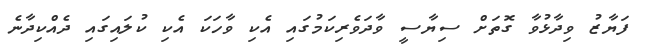
ފަޔާޒު ވިދާޅުވާ ގޮތަށް ސިޔާސީ ވާދަވެރިކަމުގައި އެކި ވާހަކަ އެކި ކުލައިގައި ދެއްކިދާނެ